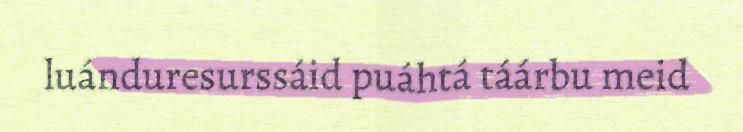
luánduresurssáid puáhtá táárbu meid